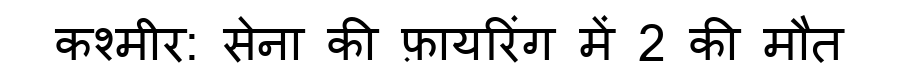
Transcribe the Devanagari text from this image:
कश्मीर: सेना की फ़ायरिंग में 2 की मौत